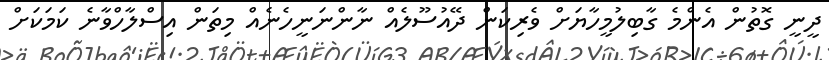
ދީނީ ގޮތުން އެންމެ ގާބިލުމީހާޔަށް ވެރިކަން ދޭއުސޫލެއް ނާންނަނީހެނެއް މިތަން އިސްލާހްވާނެ ކަމަކަށް